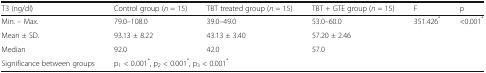
<table><thead><tr><td><b>T3 (ng/dl)</b></td><td><b>Control group (<i>n</i> = 15)</b></td><td><b>TBT treated group (<i>n</i> = 15)</b></td><td><b>TBT + GTE group (<i>n</i> = 15)</b></td><td><b>F</b></td><td><b>p</b></td></tr></thead><tbody><tr><td>Min. – Max.</td><td>79.0–108.0</td><td>39.0–49.0</td><td>53.0–60.0</td><td rowspan="3">351.426<sup>*</sup></td><td rowspan="3">&lt;0.001<sup>*</sup></td></tr><tr><td>Mean ± SD.</td><td>93.13 ± 8.22</td><td>43.13 ± 3.40</td><td>57.20 ± 2.46</td></tr><tr><td>Median</td><td>92.0</td><td>42.0</td><td>57.0</td></tr><tr><td>Significance between groups</td><td colspan="3">p<sub>1</sub> &lt; 0.001<sup>*</sup>, p<sub>2</sub> &lt; 0.001<sup>*</sup>, p<sub>3</sub> &lt; 0.001<sup>*</sup></td><td></td><td></td></tr></tbody></table>